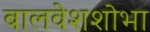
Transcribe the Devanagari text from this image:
बालवेशशोभा